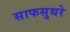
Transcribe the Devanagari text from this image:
साफसुथरे